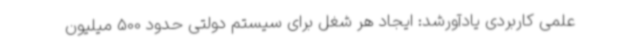
علمی کاربردی یادآورشد: ایجاد هر شغل برای سیستم دولتی حدود 500 میلیون